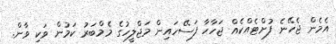
އެމެން ޖެހޭނެ ފުށްޓެއްކެއް ޖަހާހާ ފަސޭހައިން މަޖްލީހުގެ މެމްބަރު ކަމުން ވަކި ވާން.